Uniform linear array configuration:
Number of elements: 12
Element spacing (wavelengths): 0.25
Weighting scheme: binomial
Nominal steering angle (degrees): -45
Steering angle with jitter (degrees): -44.474
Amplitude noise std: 0.05
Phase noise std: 0.05

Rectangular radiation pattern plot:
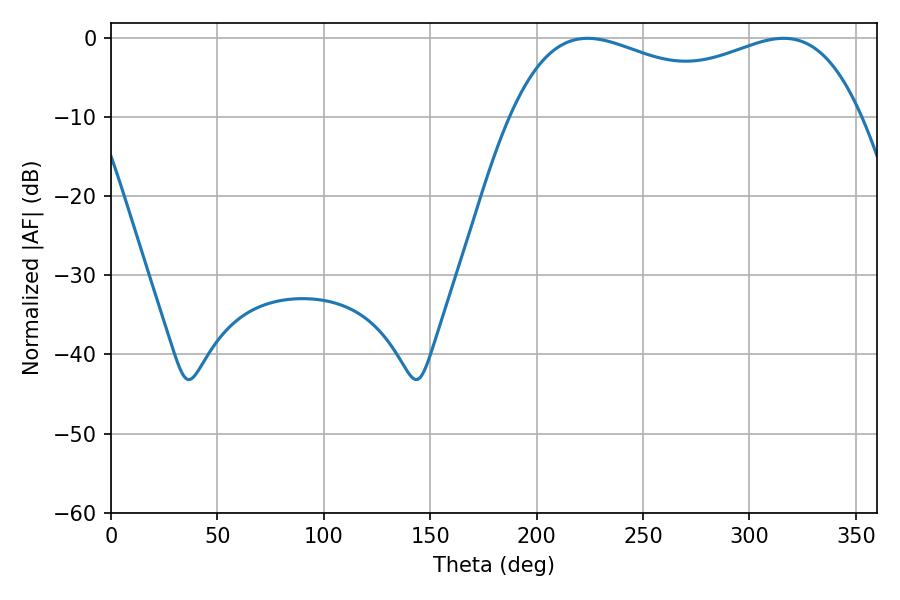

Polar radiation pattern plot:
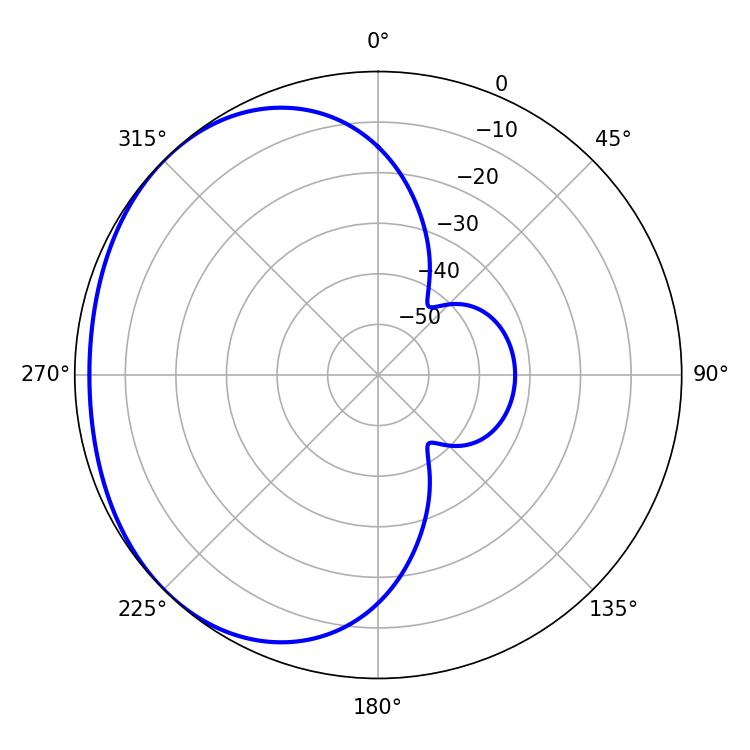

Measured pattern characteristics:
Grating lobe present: FALSE
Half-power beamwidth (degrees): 135.36
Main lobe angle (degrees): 223.92